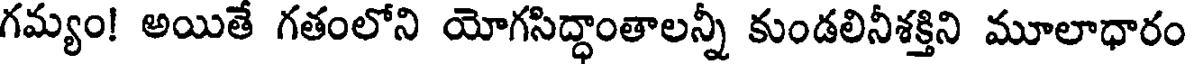
గమ్యం! అయితే గతంలోని యోగసిద్ధాంతాలన్నీ కుండలినీశక్తిని మూలాధారం